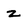
Character: z